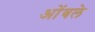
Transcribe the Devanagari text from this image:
ओंबले